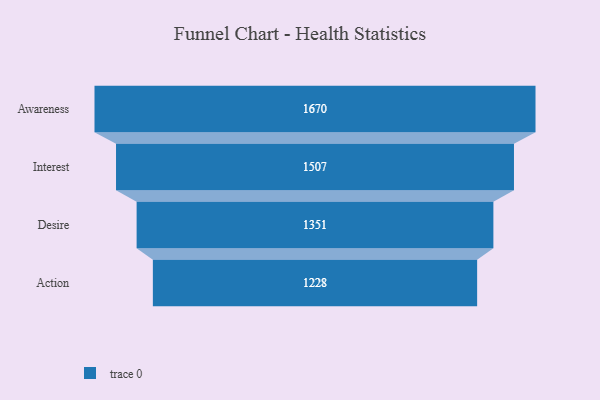
{"axis": {"x": "Stage", "y": "Value"}, "legend": [""], "data": [{"x": "Awareness", "y": 1670.0, "type": ""}, {"x": "Interest", "y": 1507.0, "type": ""}, {"x": "Desire", "y": 1351.0, "type": ""}, {"x": "Action", "y": 1228.0, "type": ""}]}